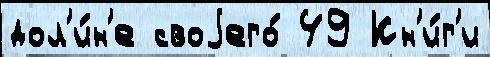
дол'и́н'е своjего́ 49 Кн'и́г'и